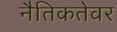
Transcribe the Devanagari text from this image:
नैतिकतेवर